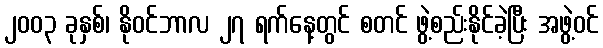
၂၀၀၃ ခုနှစ်၊ နိုဝင်ဘာလ ၂၇ ရက်နေ့တွင် စတင် ဖွဲ့စည်းနိုင်ခဲ့ပြီး အဖွဲ့ဝင်